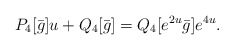
\begin{align*}P_4 [\bar g] u + Q_4[\bar g] = Q_4[e^{2u}\bar g] e^{4u} .\end{align*}